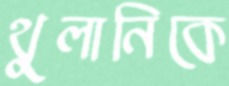
থুলানিকে